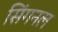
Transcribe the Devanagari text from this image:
सिंगनल